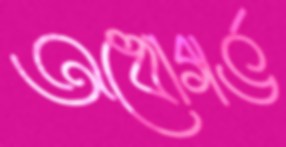
অধোগর্ভ